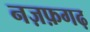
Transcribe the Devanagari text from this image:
नज़फ़गढ़